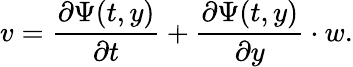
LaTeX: v={\frac{\partial\Psi(t,y)}{\partial t}}+{\frac{\partial\Psi(t,y)}{\partial y}}\cdot w.